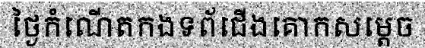
ថ្ងៃកំណើតកងទព័ជើងគោកសម្តេច